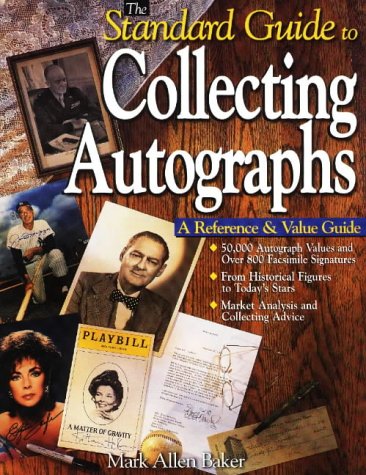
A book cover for The Standard Guide to Collecting Autographs: A Reference & Value Guide; Mark Allen Baker; Crafts, Hobbies & Home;